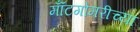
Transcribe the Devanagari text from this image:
मॉँटगोमरीच्या